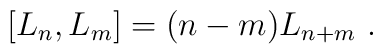
[L_n, L_m ] = (n-m) L_{n+m} \ .